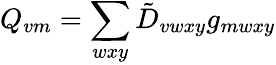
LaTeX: Q_{vm}=\sum_{wxy}\tilde{D}_{vwxy}g_{mwxy}